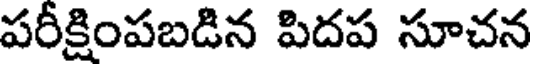
పరీక్షింపబడిన పిదప సూచన